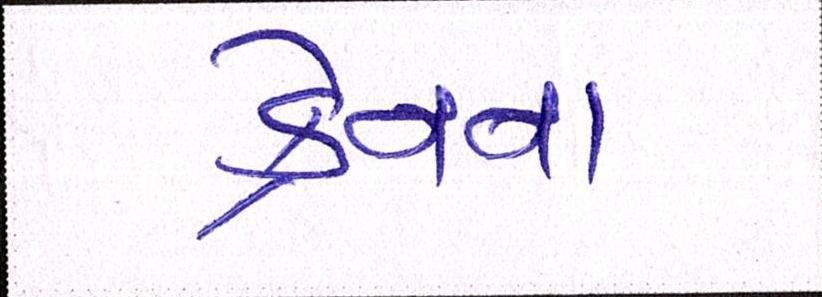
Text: ક્રેનના